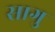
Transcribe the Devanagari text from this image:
सागु